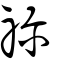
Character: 禰